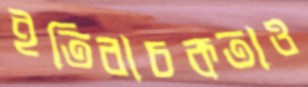
ইতিবাচকতাও